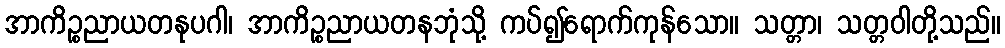
အာကိဉ္စညာယတနုပဂါ၊ အာကိဉ္စညာယတနဘုံသို့ ကပ်၍ရောက်ကုန်သော။ သတ္တာ၊ သတ္တဝါတို့သည်။